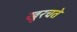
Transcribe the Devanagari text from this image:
खुरचते